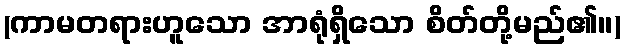
(ကာမတရားဟူသော အာရုံရှိသော စိတ်တို့မည်၏။)